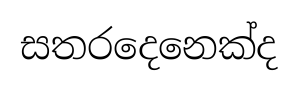
සතරදෙනෙක්ද